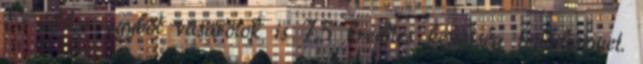
És akkor egyből vásárolok is 7,5 kredites képesség fejlődésemet.